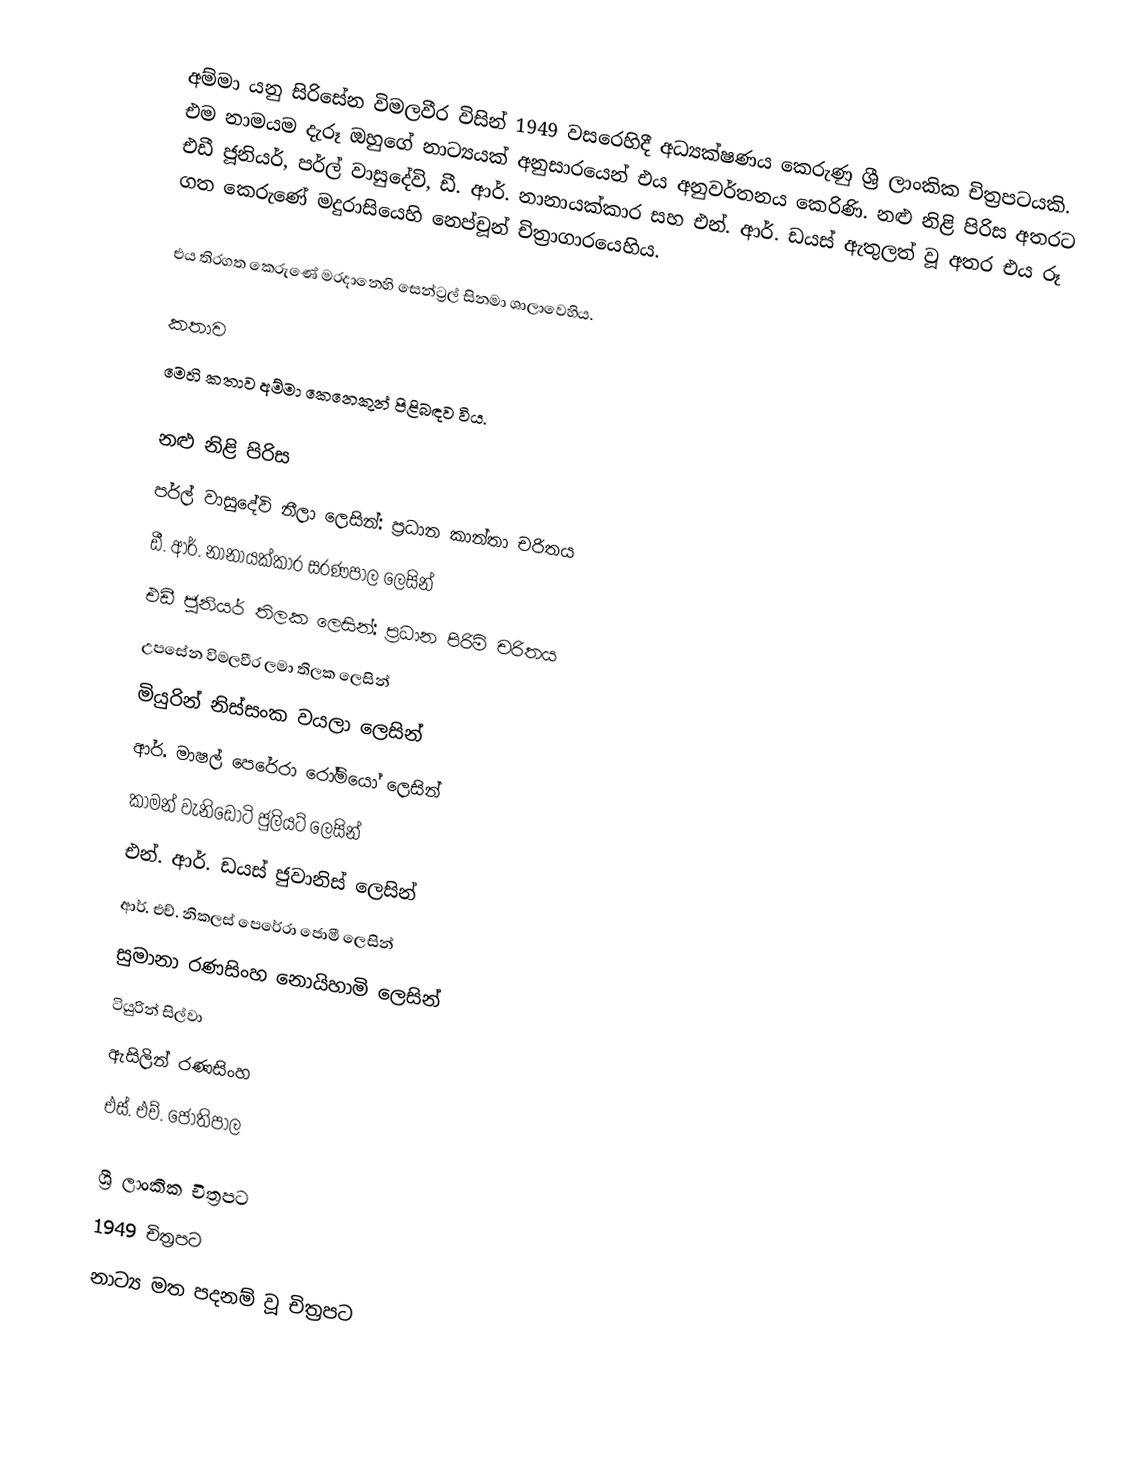
අම්මා යනු සිරිසේන විමලවීර විසින් 1949 වසරෙහිදී අධ්‍යක්ෂණය කෙරුණු ශ්‍රී ලාංකික චිත්‍රපටයකි. එම නාමයම දැරූ ඔහුගේ නාට්‍යයක් අනුසාරයෙන් එය අනුවර්තනය කෙරිණි. නළු නිළි පිරිස අතරට එඩී ජූනියර්, පර්ල් වාසුදේවි, ඩී. ආර්. නානායක්කාර සහ එන්. ආර්. ඩයස් ඇතුලත් වූ අතර එය රූ ගත කෙරුණේ  මදුරාසියෙහි නෙප්චූන් චිත්‍රාගාරයෙහිය.

එය තිරගත කෙරුණේ මරදානෙහි සෙන්ට්‍රල් සිනමා ශාලාවෙහිය.

කතාව
මෙහි කතාව අම්මා කෙනෙකුන් පිළිබඳව විය.

නළු නිළි පිරිස
පර්ල් වාසුදේවි නීලා ලෙසින්: ප්‍රධාන කාන්තා චරිතය
ඩී. ආර්. නානායක්කාර සරණපාල ලෙසින්
එඩී ජූනියර් තිලක ලෙසින්: ප්‍රධාන පිරිමි චරිතය
උපසේන විමලවීර ලමා තිලක ලෙසින්
මියුරින් නිස්සංක වයලා ලෙසින්
ආර්. මාෂල් පෙරේරා රෝමියෝ ලෙසින්
කාමන් වැනිඩොටි ජුලියට් ලෙසින්
එන්. ආර්. ඩයස් ජුවානිස් ලෙසින්
ආර්. එච්. නිකලස් පෙරේරා ජොමී ලෙසින්
සුමානා රණසිංහ නොයිහාමි ලෙසින්
ටියුරින් සිල්වා
ඇසිලින් රණසිංහ
එස්. එච්. ජෝතිපාල

ශ්‍රී ලාංකික චිත්‍රපට
1949 චිත්‍රපට
නාට්‍ය මත පදනම් වූ චිත්‍රපට